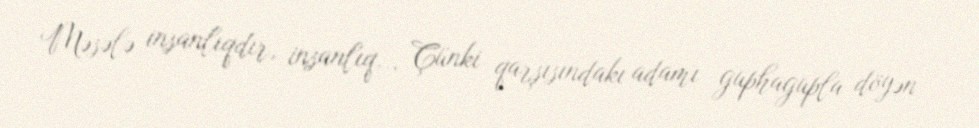
Məsələ insanlıqdır, insanlıq... Çünki qarşısındakı adamı guphagupla döyən